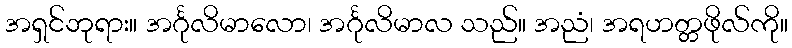
အရှင်ဘုရား။ အင်္ဂုလိမာလော၊ အင်္ဂုလိမာလ သည်။ အညံ၊ အရဟတ္တဖိုလ်ကို။